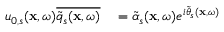
\begin{array} { r l } { u _ { 0 , s } ( \mathbf { x } , \omega ) \overline { { \widetilde { q } _ { s } ( \mathbf { x } , \omega ) } } } & { { } = \widetilde { \alpha } _ { s } ( \mathbf { x } , \omega ) e ^ { i \widetilde { \theta } _ { s } ( \mathbf { x } , \omega ) } } \end{array}